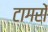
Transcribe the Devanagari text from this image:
टागरों